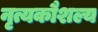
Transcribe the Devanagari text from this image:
नृत्यकौशल्य